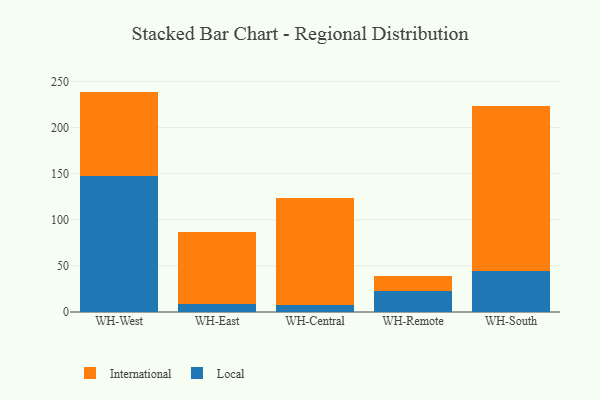
{"axis": {"x": "Warehouse", "y": "Population (Million)"}, "legend": ["International", "Local"], "data": [{"x": "WH-West", "y": 147.4, "type": "Local"}, {"x": "WH-West", "y": 91.5, "type": "International"}, {"x": "WH-East", "y": 9.1, "type": "Local"}, {"x": "WH-East", "y": 77.3, "type": "International"}, {"x": "WH-Central", "y": 8.0, "type": "Local"}, {"x": "WH-Central", "y": 115.4, "type": "International"}, {"x": "WH-Remote", "y": 22.3, "type": "Local"}, {"x": "WH-Remote", "y": 16.2, "type": "International"}, {"x": "WH-South", "y": 44.8, "type": "Local"}, {"x": "WH-South", "y": 178.9, "type": "International"}]}